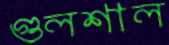
গুলশাল